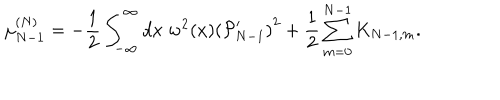
LaTeX: \mu _ { N - 1 } ^ { ( N ) } = - { \frac { 1 } { 2 } } \int _ { - \infty } ^ { \infty } d x \; w ^ { 2 } ( x ) \left( { \cal P } _ { N - 1 } ^ { \prime } \right) ^ { 2 } + { \frac { 1 } { 2 } } \sum _ { m = 0 } ^ { N - 1 } K _ { N - 1 , m } .